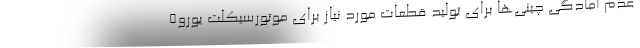
عدم آمادگی چینی‌ها برای تولید قطعات مورد نیاز برای موتورسیکلت یورو۵